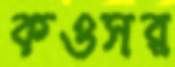
কওসর